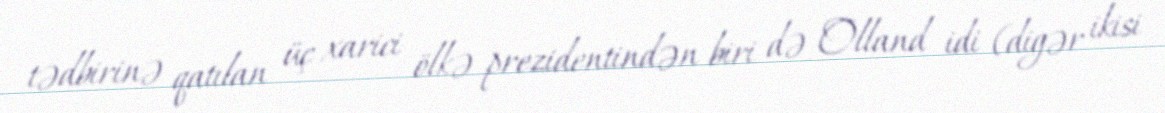
tədbirinə qatılan üç xarici ölkə prezidentindən biri də Olland idi (digər ikisi